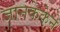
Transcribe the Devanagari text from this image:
जानकेकेने